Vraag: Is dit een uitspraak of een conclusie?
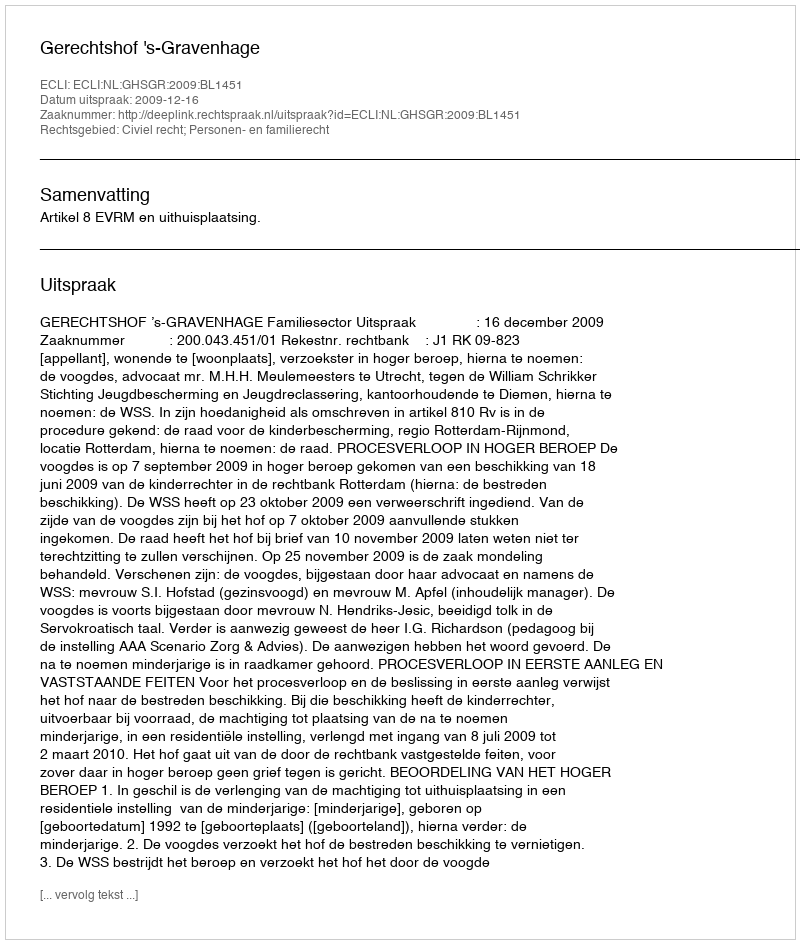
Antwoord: Uitspraak